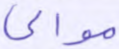
موالي